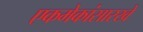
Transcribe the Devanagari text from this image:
एकमेकांसारखे